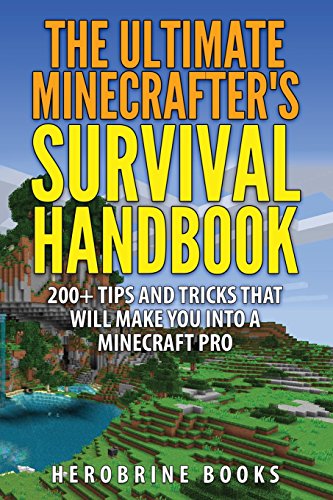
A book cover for The Ultimate Minecrafter's Survival Handbook: 200+ Minecraft Tips and Tricks That Will Make You Into A Minecraft Pro; Herobrine Books; Humor & Entertainment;